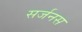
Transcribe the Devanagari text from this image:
सर्जनस